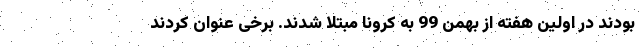
بودند در اولین هفته از بهمن 99 به کرونا مبتلا شدند. برخی عنوان کردند